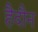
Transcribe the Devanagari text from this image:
हैदौन